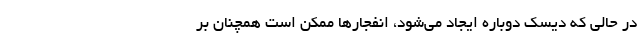
در حالی که دیسک دوباره ایجاد می‌شود، انفجارها ممکن است همچنان بر